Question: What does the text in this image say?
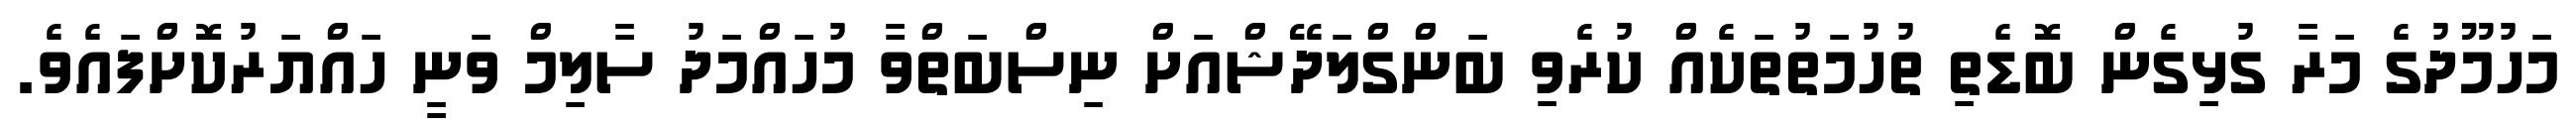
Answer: މަހުމޫދުގެ މަރާ ގުޅިގެން ބޮޑެތި ތުހުމަތުތަކެއް ކުރެވި ބަންގްލަދޭޝްއަށް ނިސްބަތްވާ މުހައްމަދު ސާލިމް ވަނީ ހައްޔަރުކޮށްފައެވެ.